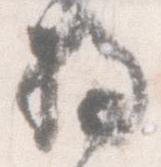
将